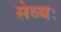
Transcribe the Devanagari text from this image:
सेव्यः